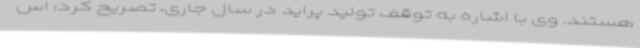
هستند. وی با اشاره به توقف تولید پراید در سال جاری، تصریح کرد: اس